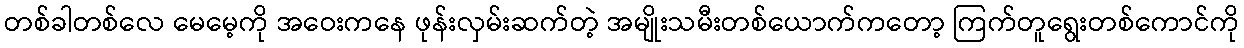
တစ်ခါတစ်လေ မေမေ့ကို အဝေးကနေ ဖုန်းလှမ်းဆက်တဲ့ အမျိုးသမီးတစ်ယောက်ကတော့ ကြက်တူရွေးတစ်ကောင်ကို